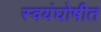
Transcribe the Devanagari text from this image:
स्वयंघोषीत